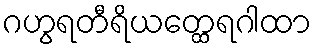
ဂဟွရတီရိယတ္ထေရဂါထာ